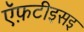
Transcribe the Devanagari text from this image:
ऍफ़टीइसइ